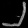
Digit: ၂